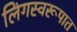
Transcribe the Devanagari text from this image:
लिंगस्वरूपात